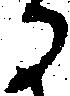
る